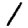
Digit: 1